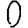
Digit: 0